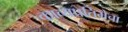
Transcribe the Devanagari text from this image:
काव्यप्रतिमेचा